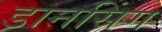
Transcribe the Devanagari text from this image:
डानसिंग